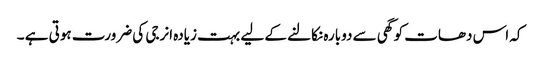
کہ اس دھات کو گھی سے دوبارہ نکالنے کے لیے بہت زیادہ انرجی کی ضرورت ہوتی ہے ۔